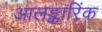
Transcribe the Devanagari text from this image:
आलङ्कारिंक